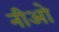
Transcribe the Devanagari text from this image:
नीओ